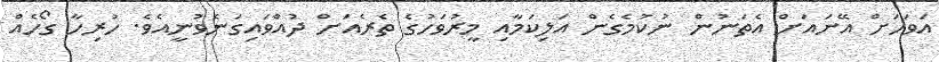
އަވަހަށް އޭނައަށް އެތަނުން ނުކުމެގެން އަލިކަމާއި މީރުވަހުގެ ތެރެއަށް ދުއްވައިގަނެވުނީއެވެ. ހުރިހާ ގޯހެއް